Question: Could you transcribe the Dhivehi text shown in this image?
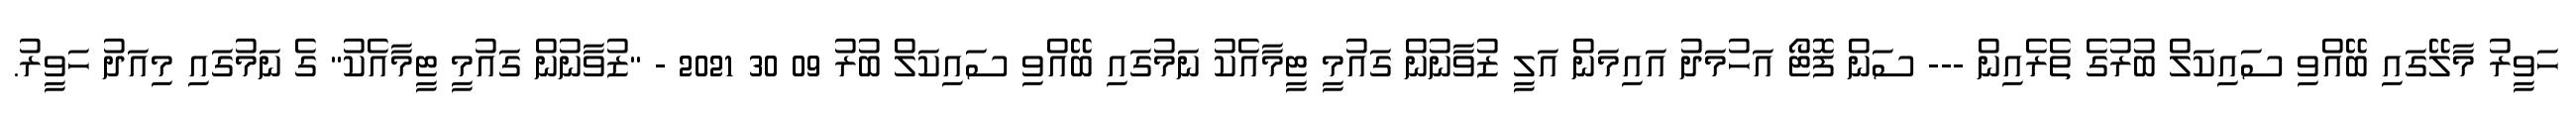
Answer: ހަވީރު މާލޭގައި ބޭއްވި ސައިކަލް ބުރުގެ ތެރެއިން --- ސަން ފޮޓޯ އަހުމަދު އައިމަން އަލީ ޒުވާނުން ގައުމީ ޓީމާއެކު ނަމުގައި ބޭއްވި ސައިކަލް ބުރު 09 30 2021 - "ޒުވާނުން ގައުމީ ޓީމާއެކު" ގެ ނަމުގައި މިއަދު ހަވީރު.